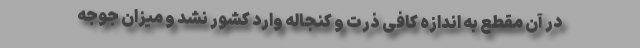
در آن مقطع به اندازه کافی ذرت و کنجاله وارد کشور نشد و میزان جوجه